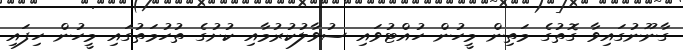
ގާނޫނުގައިވާ ގޮތުގެ މަތިން މީހުން ހުއްޓުވައި ސުވާލުކުރުމާއި ކުށުގެ ތުހުމަތުގައި މީހުން ހިފައި